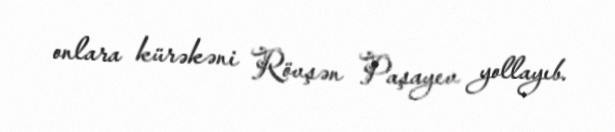
onlara kürəkəni Rövşən Paşayev yollayıb.